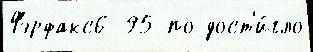
Фэрфакс6 95 по дост'и́гло